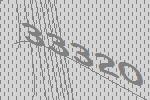
33320